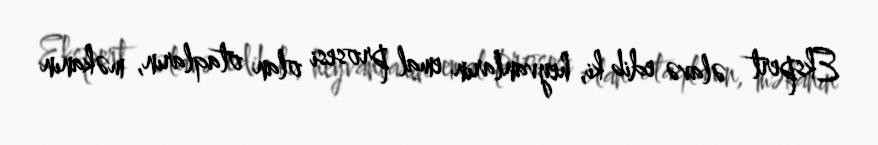
Ekspert əlavə edib ki, heyvanların emal prosesi olan otaqların, məkanın